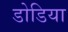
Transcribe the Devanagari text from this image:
डोडिया